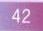
\(42\)